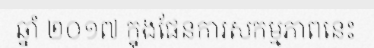
ឆ្នាំ ២០១៧ ក្នុងផែនការសកម្មភាពនេះ